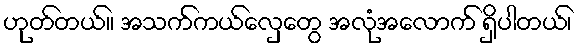
ဟုတ်တယ်။ အသက်ကယ်လှေတွေ အလုံအလောက် ရှိပါတယ်၊